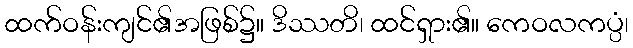
ထက်ဝန်းကျင်၏အဖြစ်၌။ ဒိဿတိ၊ ထင်ရှား၏။ ကေဝလကပ္ပံ၊